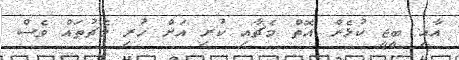
އާއި ބީޖީ ކުޅެން އޮތް މެޗާއި ކުރި އަށް ހުރި މެޗުތައް ވެސް